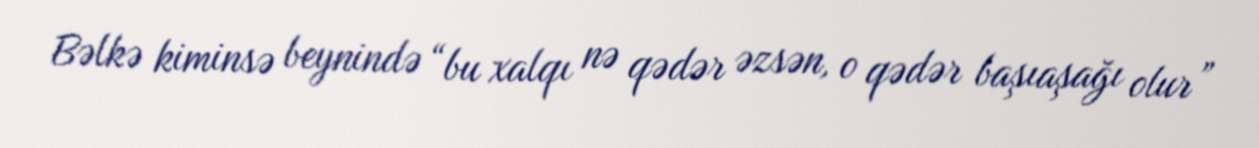
Bəlkə kiminsə beynində “bu xalqı nə qədər əzsən, o qədər başıaşağı olur”